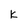
Character: k